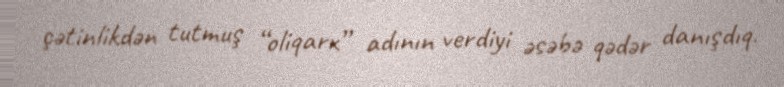
çətinlikdən tutmuş “oliqarx” adının verdiyi əsəbə qədər danışdıq.